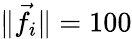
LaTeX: \| \vec{f}_{i}\| =100